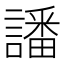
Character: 譒